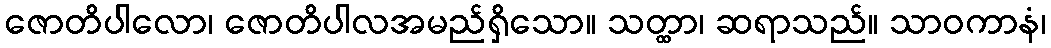
ဇောတိပါလော၊ ဇောတိပါလအမည်ရှိသော။ သတ္ထာ၊ ဆရာသည်။ သာဝကာနံ၊